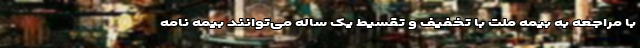
با مراجعه به بیمه ملت با تخفیف و تقسیط یک ساله می‌توانند بیمه نامه